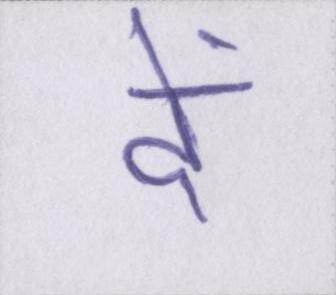
दें